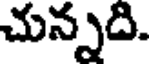
చున్నది.